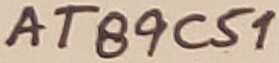
Text: AT89C51